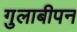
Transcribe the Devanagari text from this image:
गुलाबीपन